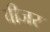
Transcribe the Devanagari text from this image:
वीजर